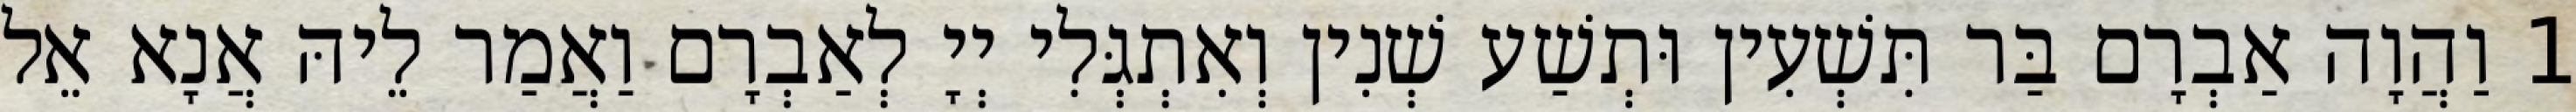
1 וַהֲוָה אַבְרָם בַּר תִּשְׁעִין וּתְשַׁע שְׁנִין וְאִתְגְּלִי יְיָ לְאַבְרָם וַאֲמַר לֵיהּ אֲנָא אֵל